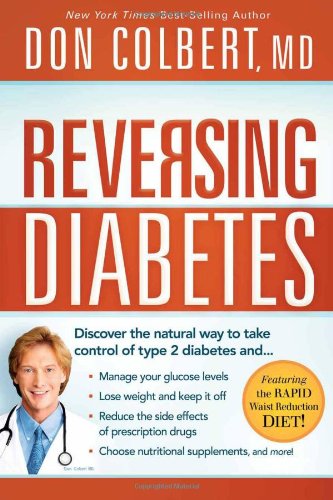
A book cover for Reversing Diabetes: Discover the Natural Way to Take Control of Type 2 Diabetes; Don Colbert; Health, Fitness & Dieting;